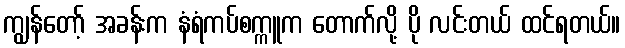
ကျွန်တော့် အခန်းက နံရံကပ်စက္ကူက တောက်လို့ ပို လင်းတယ် ထင်ရတယ်။